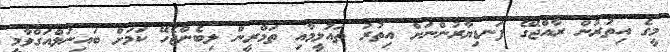
މީގެ އިތުރުން ރާއްޖޭގެ ފަނޑިޔާރުންނަށް އިތުރު ތައުލީމާއި ތަމްރީން ލިބެންޖެހޭ ކަމަށް ބައިނަލްއަގްވާމީ